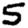
Digit: 5